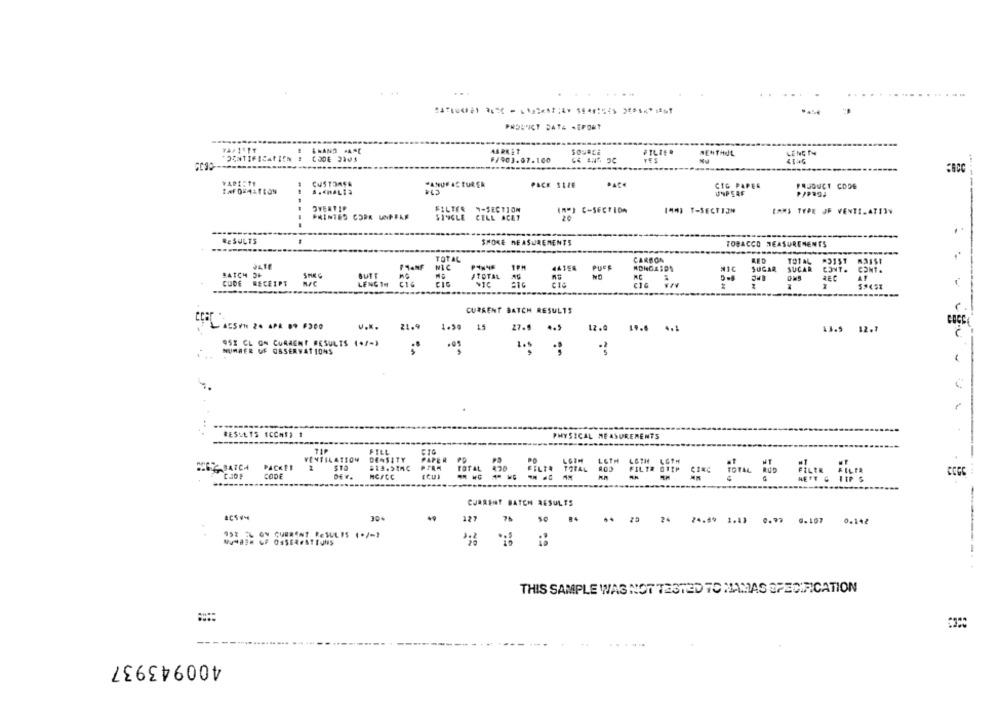
AARKET
SOUaci
LENGTH
CODE 2105
F/903.07.100
MENTHOL
CUSTOMER
MANUFAC TUREA
PACK SIZE
CIG PAPER
PRODUCT CODE
USPEAF
OVERTIP
FILTER 9-SECTION
IN"I C-SECTION
1403 T-SECTION
EAMS TYPE JF VENTILATION
PRINTED CORK UNPFAS
SINGLE CELL ACAY
20
..
RESULTS
SHOKE MEASUREMENTS
TOBACCO MEASUREMENTS
TOTAL
CARBON
J416
NIC
441E8
BATCH OF
SMEG
NO
NE
CUDE RECEIPT
LENGTH
ITOTAL
C16
CURRENT BATCH RESULTS
ACS /1 20 APR 09300
v ...
1.50 15
27.5 4.5
12.0 19.6 4.1
13.5 12.7
95% CL ON CURRENT RESULTS (+/-)
NUMRER UF OBSERVATIONS
RESULTS ICCAT) 1
PHYSICAL MEASUREMENTS
71P
FILL
DENSITY
VENTILATION
OG DATCA
PACKER
2
#13.5166
MCSCC
CURRENT BATCH RESULTS
30%
49
127
76
SOB ... . 26 24.89 1.11 0.97 0.197 0.14/
ON CURRENT RESULTS (+/-1
LF OSSERESTEUNS
THIS SAMPLE WAS NOT TESTED TO MAMAS SPECIFICATION
400943937